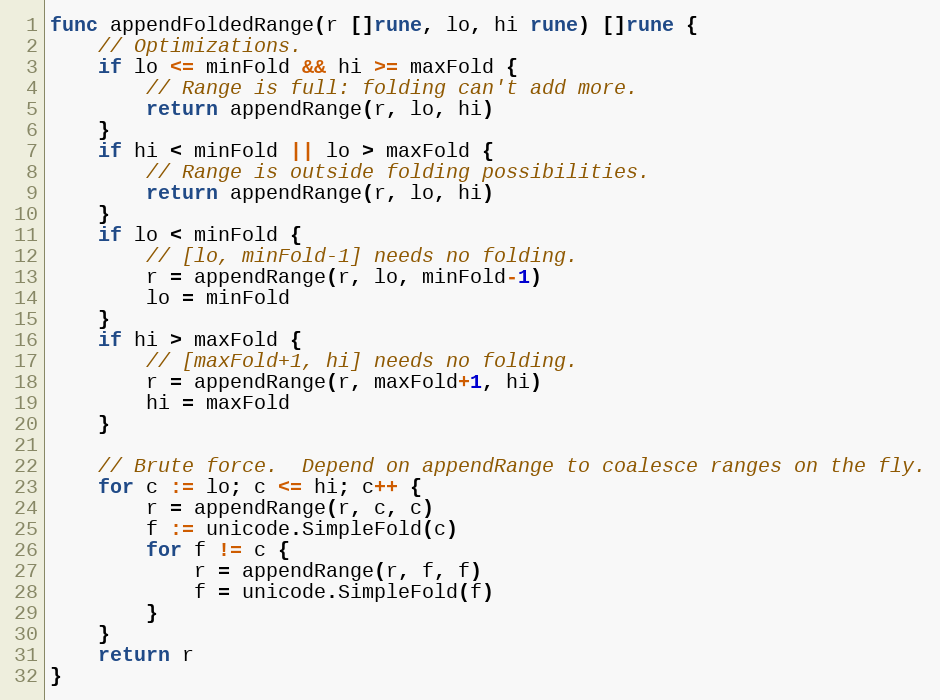
Language: Go
func appendFoldedRange(r []rune, lo, hi rune) []rune {
	// Optimizations.
	if lo <= minFold && hi >= maxFold {
		// Range is full: folding can't add more.
		return appendRange(r, lo, hi)
	}
	if hi < minFold || lo > maxFold {
		// Range is outside folding possibilities.
		return appendRange(r, lo, hi)
	}
	if lo < minFold {
		// [lo, minFold-1] needs no folding.
		r = appendRange(r, lo, minFold-1)
		lo = minFold
	}
	if hi > maxFold {
		// [maxFold+1, hi] needs no folding.
		r = appendRange(r, maxFold+1, hi)
		hi = maxFold
	}

	// Brute force.  Depend on appendRange to coalesce ranges on the fly.
	for c := lo; c <= hi; c++ {
		r = appendRange(r, c, c)
		f := unicode.SimpleFold(c)
		for f != c {
			r = appendRange(r, f, f)
			f = unicode.SimpleFold(f)
		}
	}
	return r
}